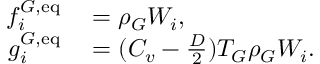
\begin{array} { r l } { f _ { i } ^ { G , \mathrm { e q } } } & { { } = \rho _ { G } W _ { i } , } \\ { g _ { i } ^ { G , \mathrm { e q } } } & { { } = ( C _ { v } - \frac { D } { 2 } ) T _ { G } \rho _ { G } W _ { i } . } \end{array}